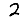
Digit: 2